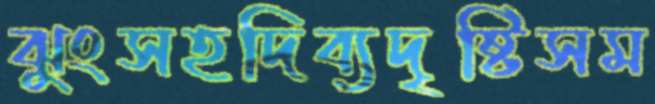
ঝুংসহদিব্যদৃষ্টিসম